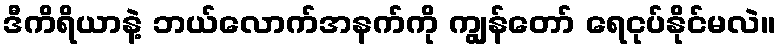
ဒီကိရိယာနဲ့ ဘယ်လောက်အနက်ကို ကျွန်တော် ရေငုပ်နိုင်မလဲ။